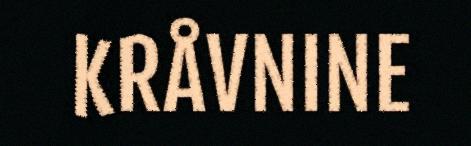
KRÅVNINE